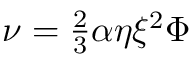
\begin{array} { r } { \nu = \frac { 2 } { 3 } \alpha \eta \xi ^ { 2 } \Phi } \end{array}